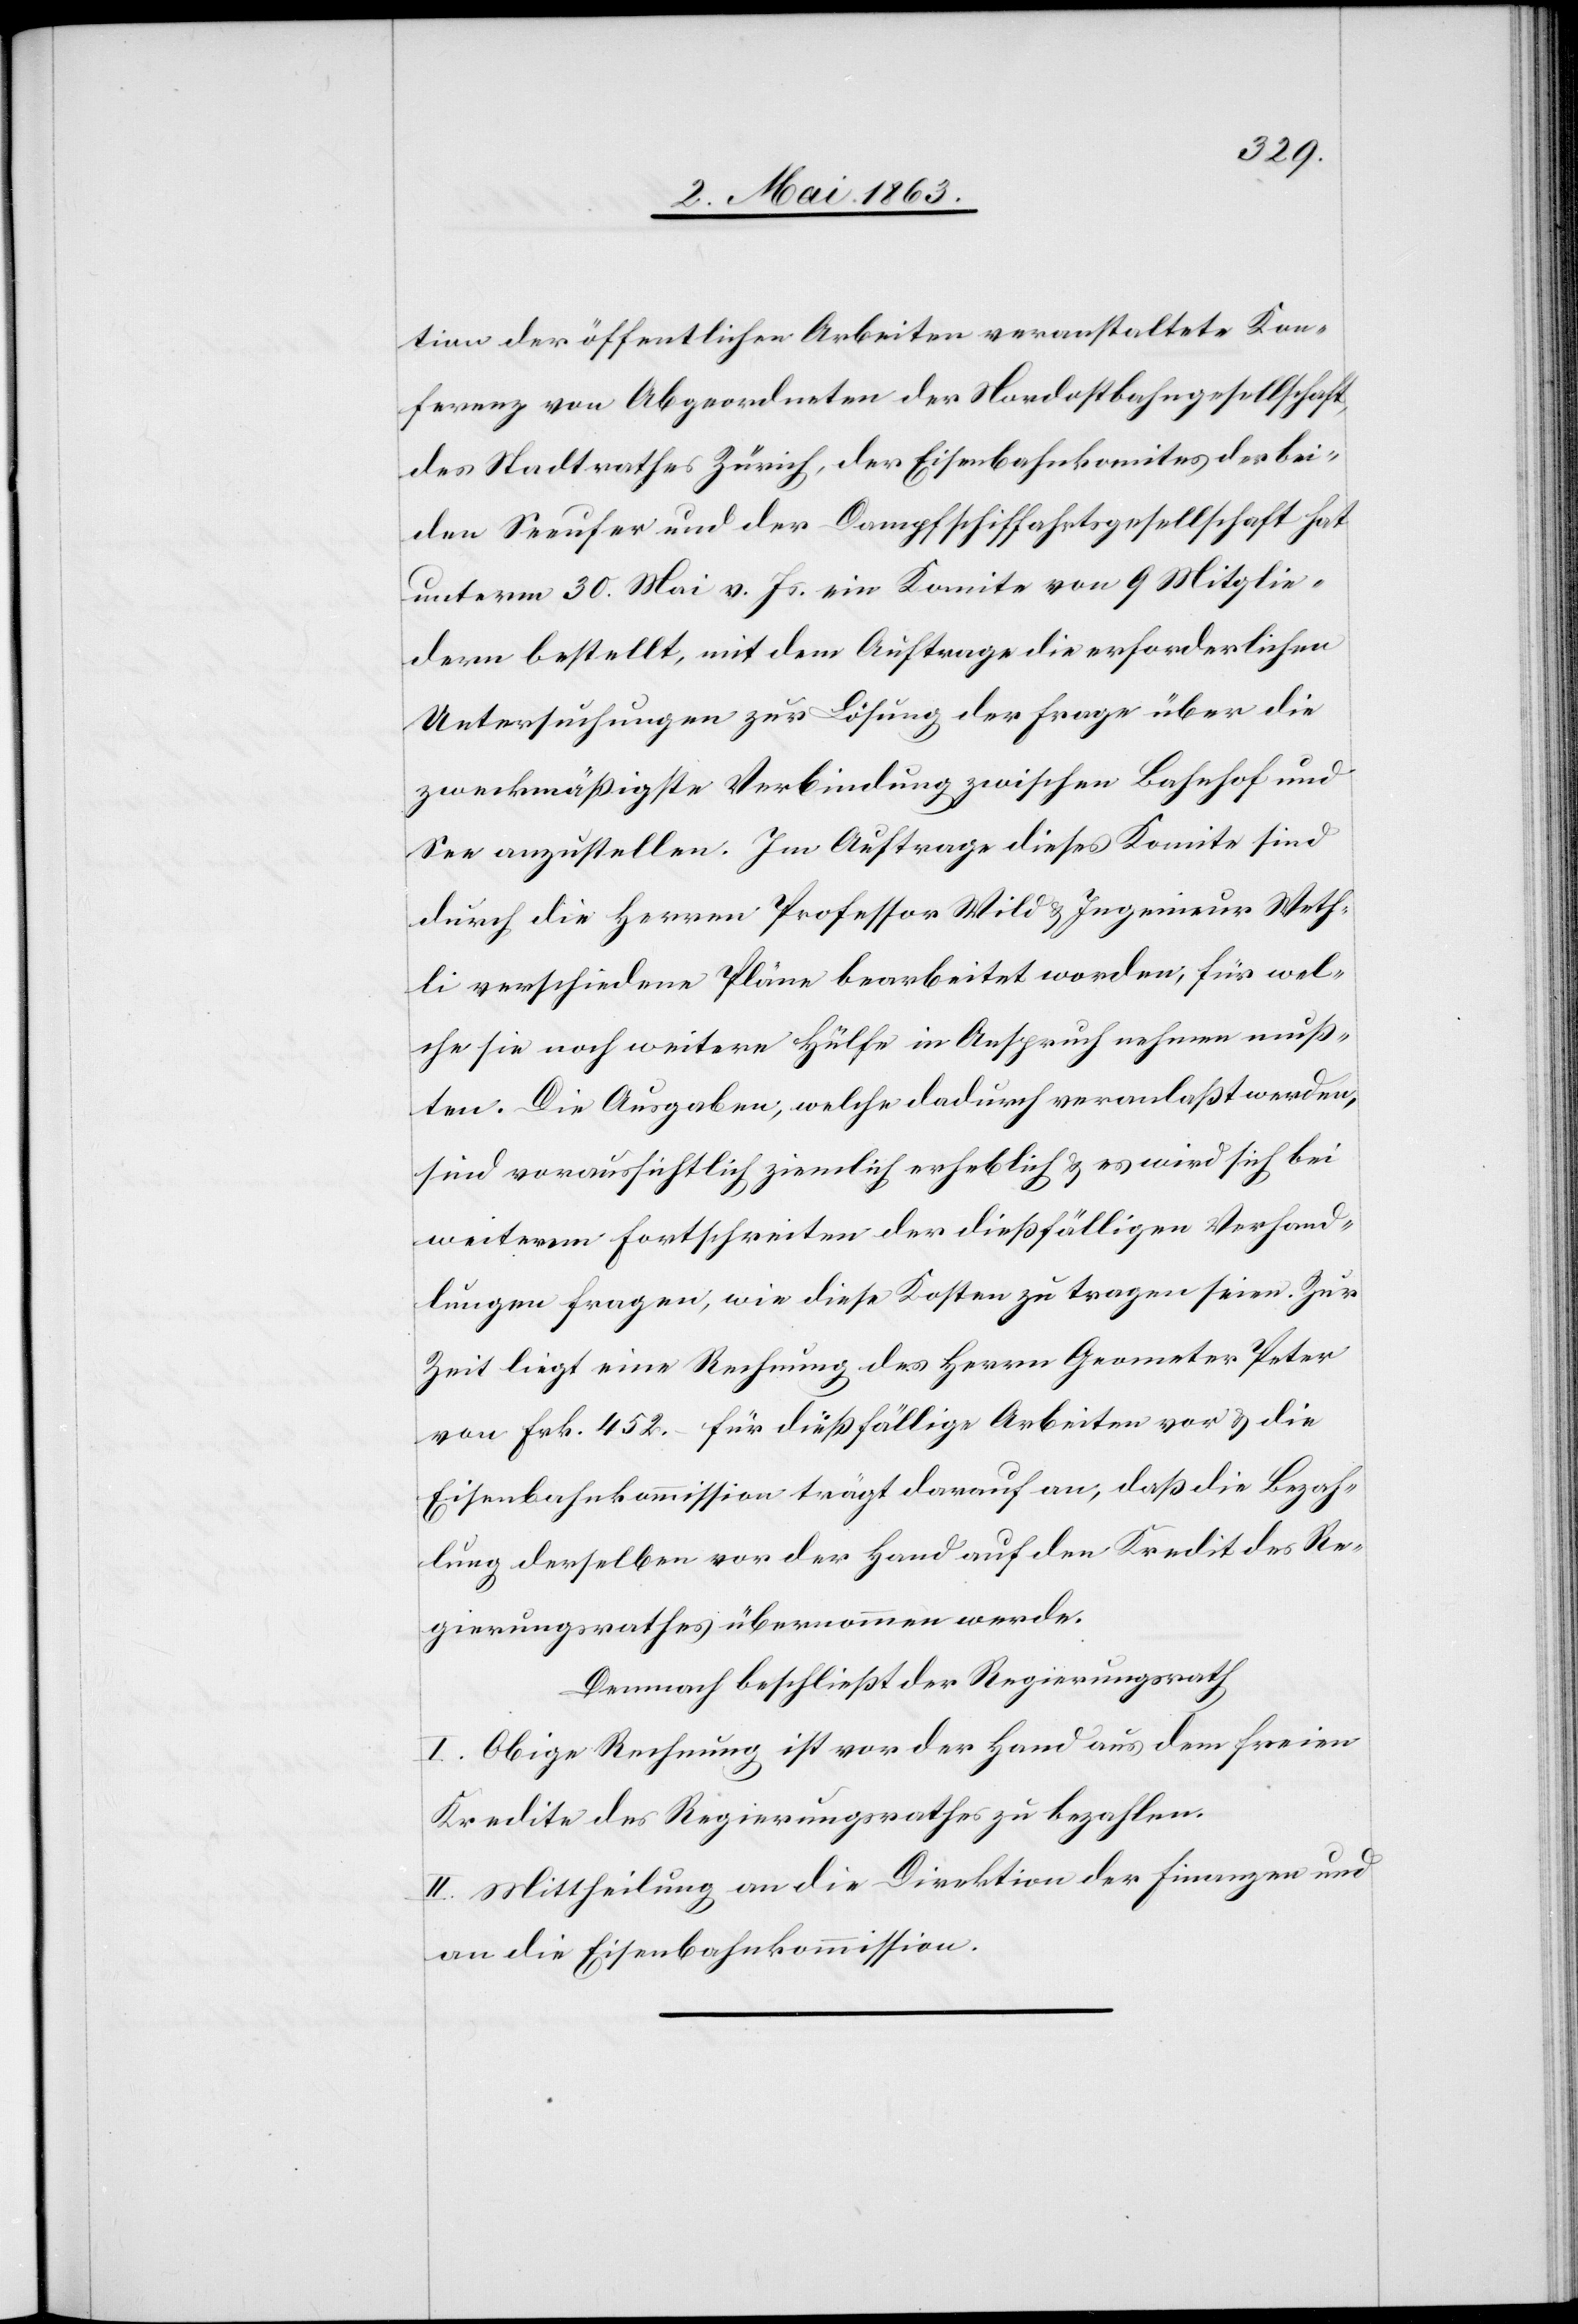
tion der öffentlichen Arbeiten veranstaltete Kon¬
ferenz von Abgeordneten der Nordostbahngesellschaft,
des Stadtrathes Zürich, der Eisenbahnkomites der bei¬
den Seeufer und der Dampfschiffahrtsgesellschaft hat
unterm 30. Mai v. Js. ein Komite von 9 Mitglie¬
dern bestellt, mit dem Auftrage die erforderlichen
Untersuchungen zur Lösung der Frage über die
zweckmäßigste Verbindung zwischen Bahnhof und
See anzustellen. Im Auftrage dieses Komite sind
durch die Herren Professor Wild & Ingenieur Weth¬
li verschiedene Pläne bearbeitet worden, für wel¬
che sie noch weitere Hülfe in Anspruch nehmen muß¬
ten. Die Ausgaben, welche dadurch veranlaßt werden,
sind voraussichtlich ziemlich erheblich & es wird sich bei
weiterem Fortschreiten der dießfälligen Verhand¬
lungen fragen, wie diese Kosten zu tragen seien. Zur
Zeit liegt eine Rechnung des Herrn Geometer Peter
von Frk. 452. – für dießfällige Arbeiten vor & die
Eisenbahnkommission trägt darauf an, daß die Bezah¬
lung derselben vor der Hand auf den Kredit des Re¬
gierungsrathes übernommen werde.
Demnach beschließt der Regierungsrath
I. Obige Rechnung ist vor der Hand aus dem freien
Kredite des Regierungsrathes zu bezahlen.
II. Mittheilung an die Direktion der Finanzen und
die Eisenbahnkommission.